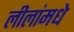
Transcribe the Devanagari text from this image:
लीलांमधे